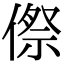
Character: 傺